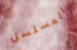
المسلسل